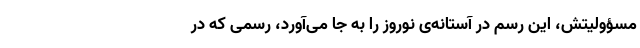
مسؤولیتش، این رسمِ در آستانه‌ی نوروز را به جا می‌آورد، رسمی که در